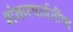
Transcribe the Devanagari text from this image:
शंकरपार्वतींचा